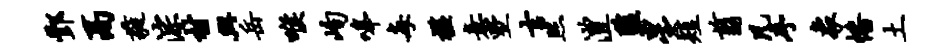
酆鬲蕤淙村兴岳喉峋嗥每槛意墅吉照澧监星短翦凡序象幡土